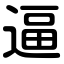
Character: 逼